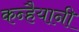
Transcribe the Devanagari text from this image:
कन्हैयानी